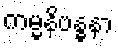
ကမ္မနိဗန္ဓနာ